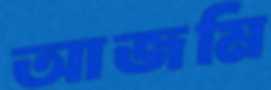
আজমি